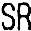
SR